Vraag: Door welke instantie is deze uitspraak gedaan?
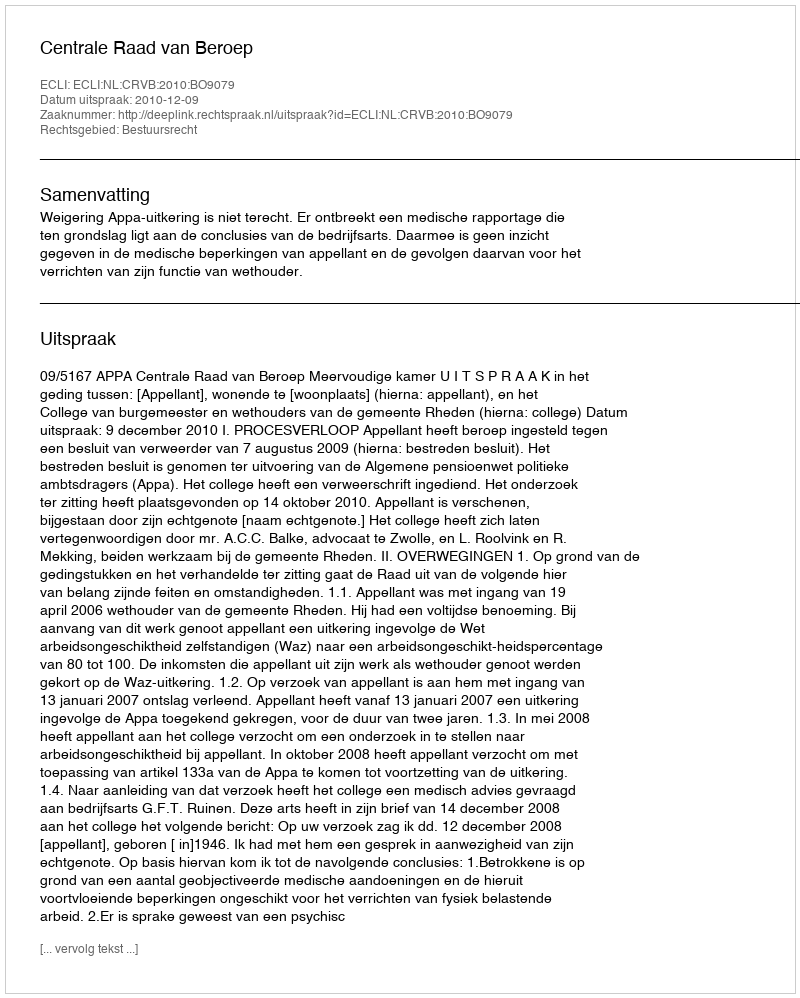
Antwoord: Centrale Raad van Beroep